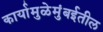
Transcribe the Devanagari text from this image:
कार्यामुळेमुंबईतील